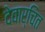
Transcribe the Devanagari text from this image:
देवार्चित